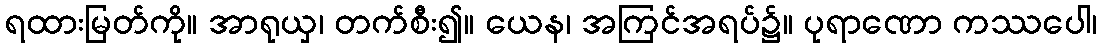
ရထားမြတ်ကို။ အာရုယှ၊ တက်စီး၍။ ယေန၊ အကြင်အရပ်၌။ ပုရာဏော ကဿပေါ၊